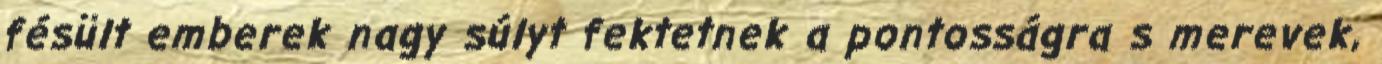
fésült emberek nagy súlyt fektetnek a pontosságra s merevek,